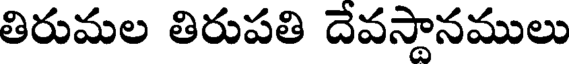
తిరుమల తిరుపతి దేవస్థానములు